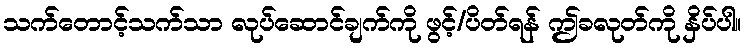
သက်တောင့်သက်သာ လုပ်ဆောင်ချက်ကို ဖွင့်/ပိတ်ရန် ဤခလုတ်ကို နှိပ်ပါ။